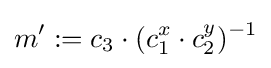
m':=c_{3}\cdot (c_{1}^{x}\cdot c_{2}^{y})^{-1}